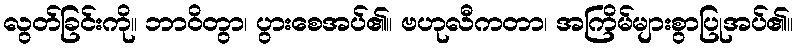
လွတ်ခြင်းကို။ ဘာဝိတွာ၊ ပွားစေအပ်၏။ ဗဟုလီကတာ၊ အကြိမ်များစွာပြုအပ်၏။